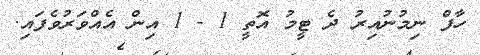
ހާފް ނިމުނުއިރު ދެ ޓީމު އޮތީ 1 - 1 އިން އެއްވަރުވެފައި.